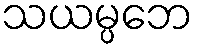
သယမ္ပဘေ